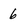
Character: 6